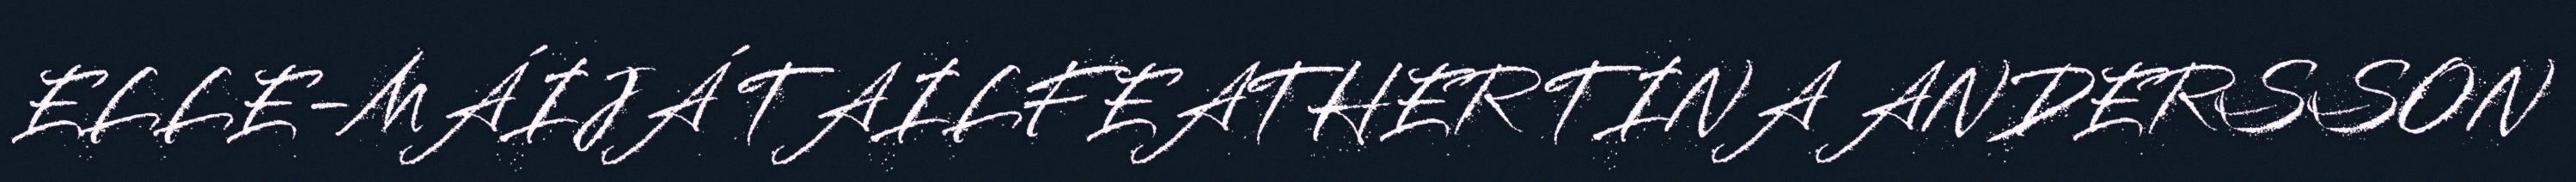
ELLE-MÁIJÁ TAILFEATHER TINA ANDERSSON